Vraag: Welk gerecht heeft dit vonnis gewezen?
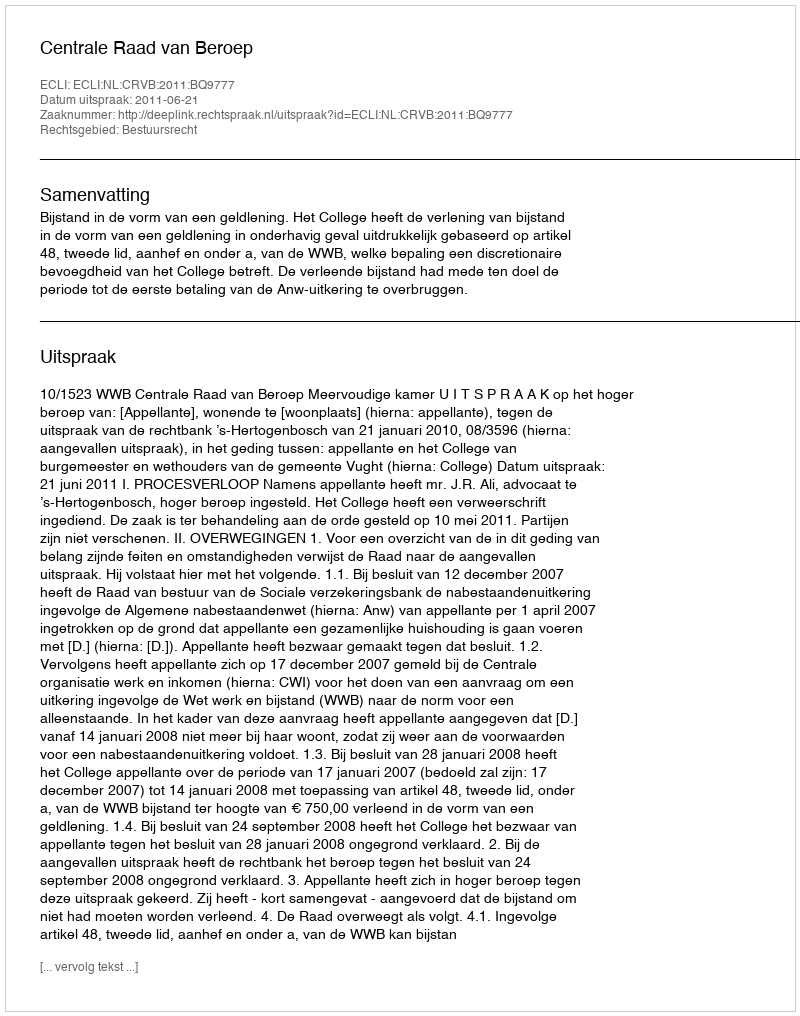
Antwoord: Centrale Raad van Beroep